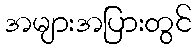
အများအပြားတွင်